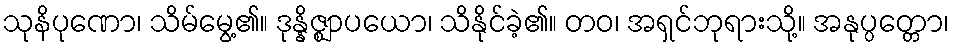
သုနိပုဏော၊ သိမ်မွေ့၏။ ဒုန္နိဇ္ဈာပယော၊ သိနိုင်ခဲ့၏။ တဝ၊ အရှင်ဘုရားသို့။ အနုပ္ပတ္တော၊